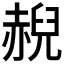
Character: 𲃇